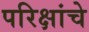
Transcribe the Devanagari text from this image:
परिक्षांचे